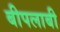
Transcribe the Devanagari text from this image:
बीपलाबी